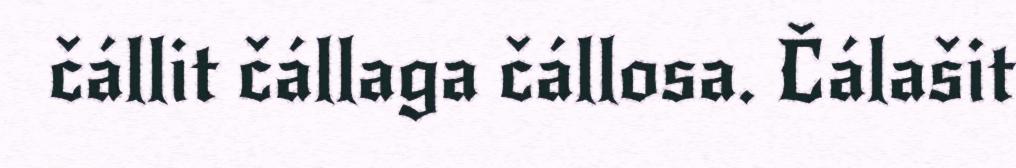
čállit čállaga čállosa. Čálašit